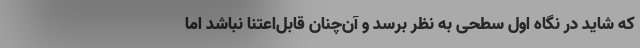
که شاید در نگاه اول سطحی به نظر برسد و آن‌چنان قابل‌اعتنا نباشد اما